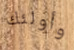
وأولئك